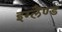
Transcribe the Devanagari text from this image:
इग्लैंण्ड